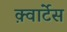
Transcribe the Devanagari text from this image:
क़्वार्टेस